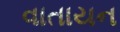
વાતાયન